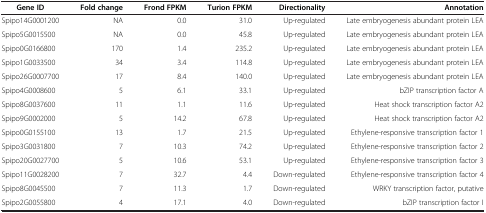
| Gene ID | Fold change | Frond FPKM | Turion FPKM | Directionality | Annotation |
 | --- | --- | --- | --- | --- | --- |
 | Spipo14G0001200 | NA | 0.0 | 31.0 | Up-regulated | Late embryogenesis abundant protein LEA |
 | Spipo5G0015500 | NA | 0.0 | 45.8 | Up-regulated | Late embryogenesis abundant protein LEA |
 | Spipo0G0166800 | 170 | 1.4 | 235.2 | Up-regulated | Late embryogenesis abundant protein LEA |
 | Spipo1G0033500 | 34 | 3.4 | 114.8 | Up-regulated | Late embryogenesis abundant protein LEA |
 | Spipo26G0007700 | 17 | 8.4 | 140.0 | Up-regulated | Late embryogenesis abundant protein LEA |
 | Spipo4G0008600 | 5 | 6.1 | 33.1 | Up-regulated | bZIP transcription factor A |
 | Spipo8G0037600 | 11 | 1.1 | 11.6 | Up-regulated | Heat shock transcription factor A2 |
 | Spipo9G0002000 | 5 | 14.2 | 67.8 | Up-regulated | Heat shock transcription factor A2 |
 | Spipo0G0155100 | 13 | 1.7 | 21.5 | Up-regulated | Ethylene-responsive transcription factor 1 |
 | Spipo3G0031800 | 7 | 10.3 | 74.2 | Up-regulated | Ethylene-responsive transcription factor 2 |
 | Spipo20G0027700 | 5 | 10.6 | 53.1 | Up-regulated | Ethylene-responsive transcription factor 3 |
 | Spipo11G0028200 | 7 | 32.7 | 4.4 | Down-regulated | Ethylene-responsive transcription factor 4 |
 | Spipo8G0045500 | 7 | 11.3 | 1.7 | Down-regulated | WRKY transcription factor, putative |
 | Spipo2G0055800 | 4 | 17.1 | 4.0 | Down-regulated | bZIP transcription factor I |